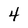
Character: 4